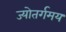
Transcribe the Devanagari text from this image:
ज्योतर्गमय